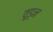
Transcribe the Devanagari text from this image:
वूड्न